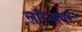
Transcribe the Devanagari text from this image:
लॉरेन्सवर